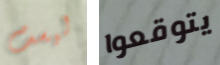
ليست يتوقعوا